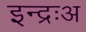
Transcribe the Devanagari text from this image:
इन्द्रःअ